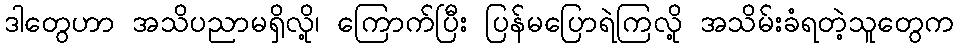
ဒါတွေဟာ အသိပညာမရှိလို့၊ ကြောက်ပြီး ပြန်မပြောရဲကြလို့ အသိမ်းခံရတဲ့သူတွေက